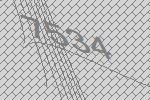
7534